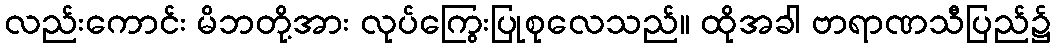
လည်းကောင်း မိဘတို့အား လုပ်ကြွေးပြုစုလေသည်။ ထိုအခါ ဗာရာဏသီပြည်၌